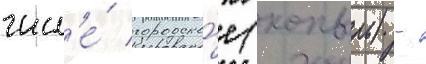
числ'е́ городско́е (копыль) -